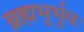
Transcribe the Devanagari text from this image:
ब्रह्मभूर्भुवः